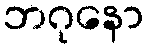
ဘဂုနော